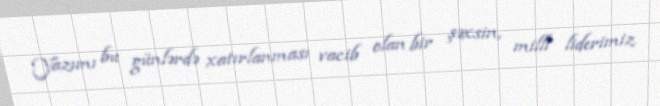
Yazımı bu günlərdə xatırlanması vacib olan bir şəxsin, milli liderimiz